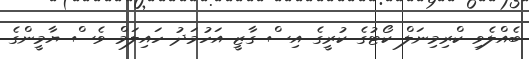
ބެއްލެވި ކްރިމިނަލް ކޯޓުގެ ކުރީގެ އިސް ގާޒީ އަހުމަދު ހައިލަމް ވެސް ޔާމީންގެ